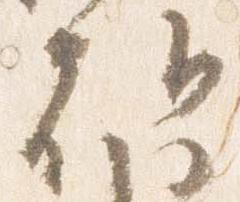
朝